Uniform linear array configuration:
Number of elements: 24
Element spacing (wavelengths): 0.25
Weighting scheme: hamming
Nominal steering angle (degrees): -30
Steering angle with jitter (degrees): -31.731
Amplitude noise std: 0.05
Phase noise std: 0.05

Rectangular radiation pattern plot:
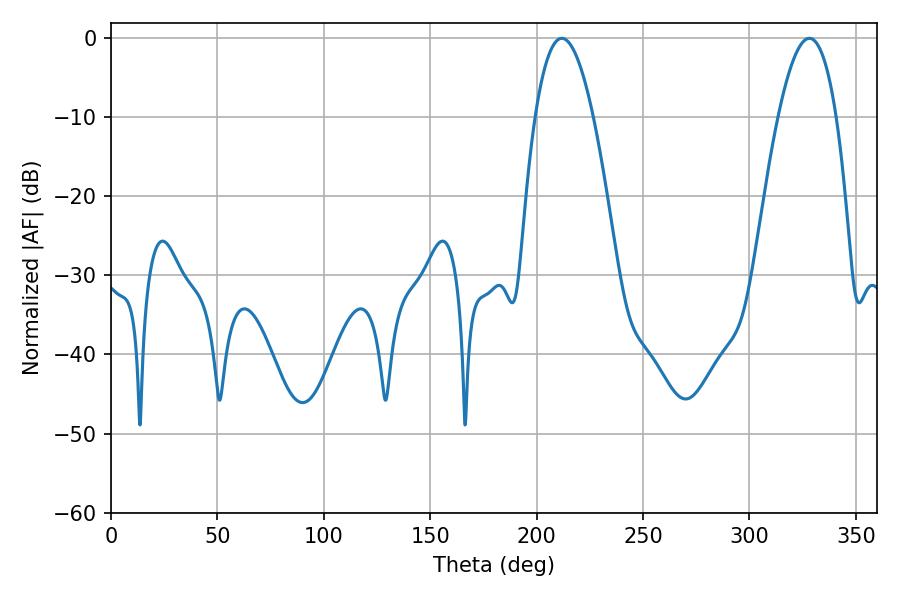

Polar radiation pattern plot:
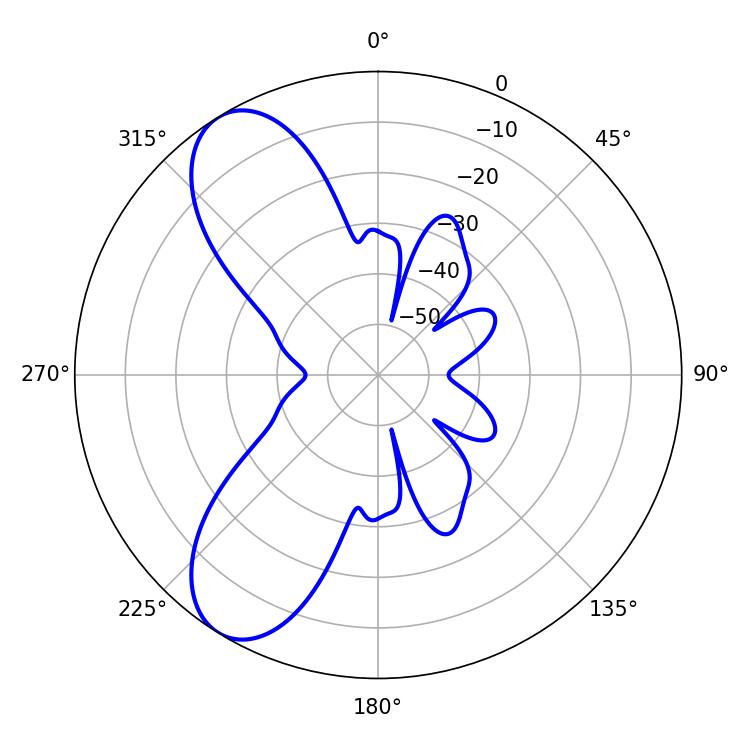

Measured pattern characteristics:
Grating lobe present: FALSE
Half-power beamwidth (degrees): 14.94
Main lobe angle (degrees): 211.86